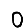
Digit: 0